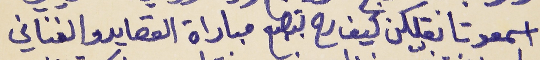
اسمعو تا نقلكن كيف رح بتصبح     مباراة القصايد والغناني